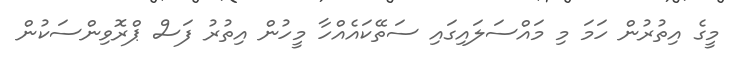
މީގެ އިތުރުން ހަމަ މި މައްސަލައިގައި ސަތޭކައެއްހާ މީހުން އިތުރު ފަސް ޕްރޮވިންސަކުން